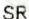
SR